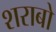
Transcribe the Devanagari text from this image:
शराबो